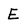
Character: E